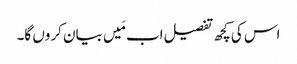
اس کی کچھ تفصیل اب مَیں بیان کروں گا۔